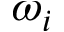
\omega _ { i }